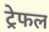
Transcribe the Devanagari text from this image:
ट्रेफल